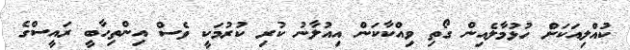
ކުއްލިއަކަށް ހުޅުމާލެއިން ގޯތި ވިއްކާކަން އިއުލާނު ކުރި ކުރުމަކީ ވެސް އިންތިހާބީ ރައީސްގެ